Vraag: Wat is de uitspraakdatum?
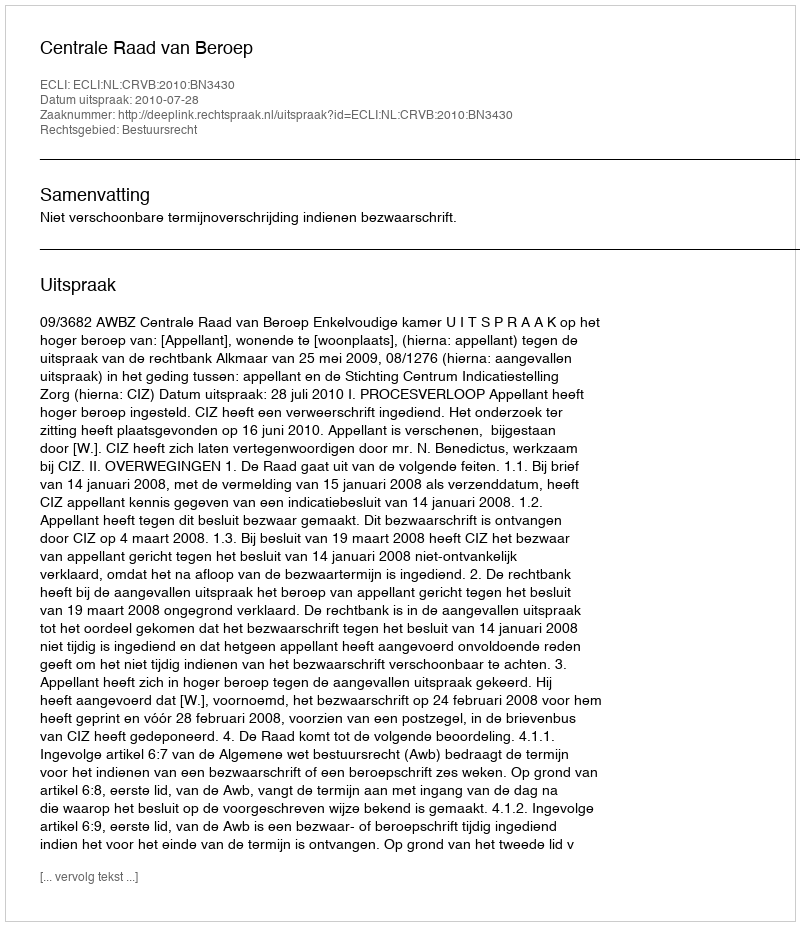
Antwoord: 2010-07-28